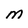
Character: m